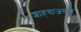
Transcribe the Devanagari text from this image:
शाहबाजगढी